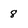
Character: 8